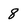
Character: 8